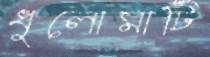
ধুলোমাটি